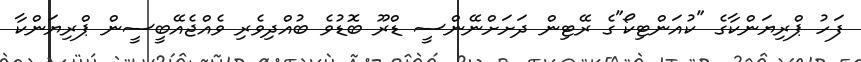
ފަހު ޕްރިޔަންކާގެ "ކުއަންޓިކޯ"ގެ ރޭޓިން ދަށަށްނޭންސީ ޑްރޫ ބޮޑުވެ ބުއްދިވެރި ވެއްޖެއޭބީސީން ޕްރިޔަންކާ